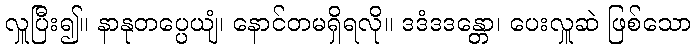
လှူပြီး၍။ နာနုတပ္ပေယျံ၊ နောင်တမရှိရလို။ ဒဒံဒဒန္တော၊ ပေးလှူဆဲ ဖြစ်သော